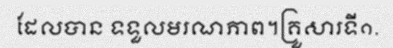
ដែលបាន ទទួលមរណភាព។គ្រួសារទី១.